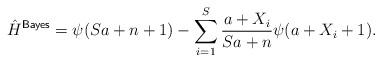
LaTeX: \begin{align*}\hat{H}^{\mathsf{Bayes}} = \psi(Sa +n + 1) - \sum_{i = 1}^S \frac{a + X_i}{Sa + n} \psi(a + X_i + 1). \end{align*}